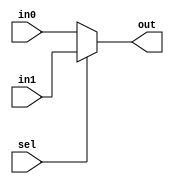
// 2-to-1 Multiplexer
module Mux2to1(input wire [31:0] in0,    
               input wire [31:0] in1,    
               input wire sel,          
               output wire [31:0] out); 

    assign out = sel ? in1 : in0;

endmodule

// 4-to-1 Multiplexer
module Mux4to1(input wire [31:0] in0,   
               input wire [31:0] in1,   
               input wire [31:0] in2,   
               input wire [31:0] in3,   
               input wire [1:0] sel,    
               output wire [31:0] out); 

    assign out = (sel == 2'b00) ? in0 :
                 (sel == 2'b01) ? in1 :
                 (sel == 2'b10) ? in2 :
                                  in3;

endmodule